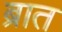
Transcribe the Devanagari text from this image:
ब्रात